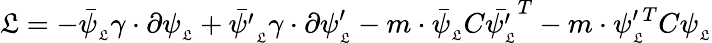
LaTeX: \mathfrak{L}=-\bar{{\psi}}_{_{\mathfrak{L}}}\gamma\cdot\partial\psi_{_{\mathfrak{L}}}+\bar{{\psi^{\prime}}}_{_{\mathfrak{L}}}\gamma\cdot\partial\psi_{_{\mathfrak{L}}}^{\prime}-m\cdot\bar{{\psi}}_{_{\mathfrak{L}}}C\bar{{\psi_{_{\mathfrak{L}}}^{\prime}}}^{T}-m\cdot\psi_{_{\mathfrak{L}}}^{\prime\, T}C\psi_{_{\mathfrak{L}}}